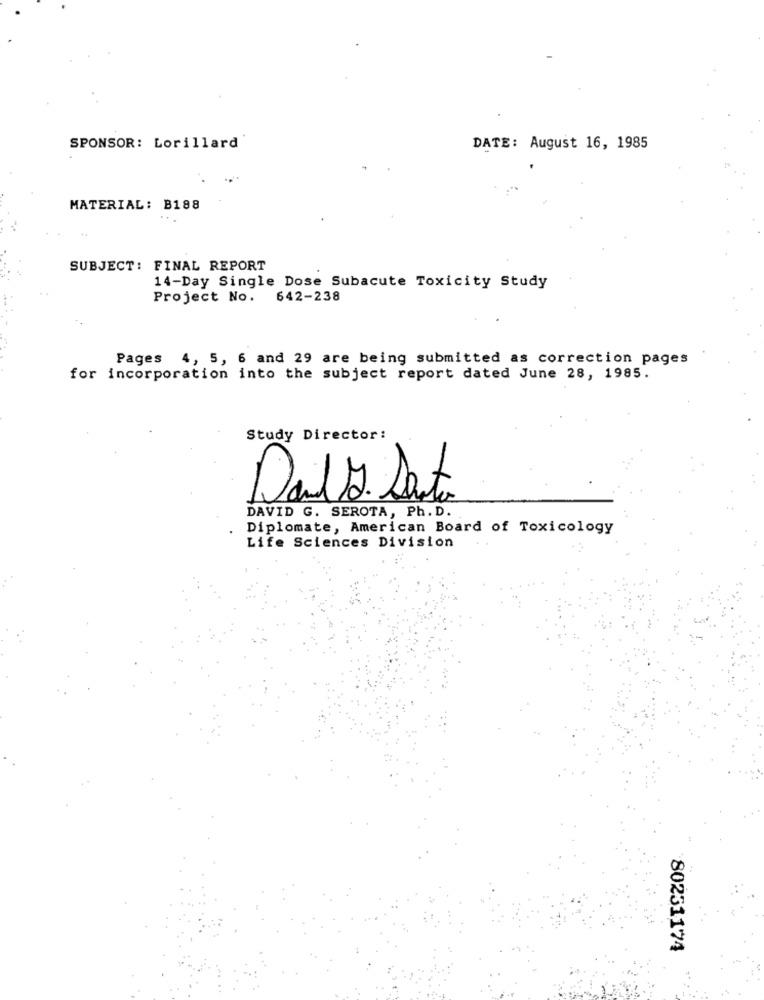
SPONSOR: Lorillard'
DATE: August 16, 1985
MATERIAL: B188
SUBJECT: FINAL REPORT
14-Day Single Dose Subacute Toxicity Study
Project No. 642-238
Pages 4, 5, 6 and 29 are being submitted as correction pages
for incorporation into the subject report dated June 28, 1985.
Study Director:
Dals. Dato
DAVID G. SEROTA, Ph. D.
Diplomate, American Board of Toxicology
Life Sciences Division
80231174